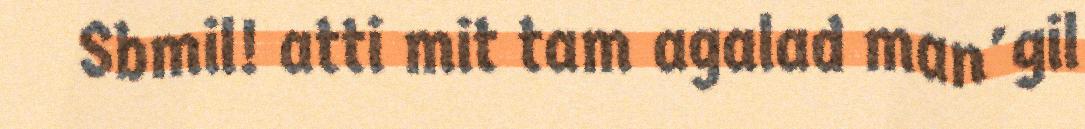
Sbmil! atti mit tam agalad man'gil